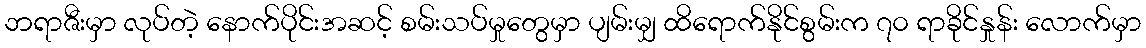
ဘရာဇီးမှာ လုပ်တဲ့ နောက်ပိုင်းအဆင့် စမ်းသပ်မှုတွေမှာ ပျမ်းမျှ ထိရောက်နိုင်စွမ်းက ၇၀ ရာခိုင်နှုန်း လောက်မှာ